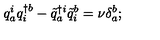
q _ { a } ^ { i } q _ { i } ^ { \dagger b } - { \tilde { q } } _ { a } ^ { \dagger i } { \tilde { q } } _ { i } ^ { b } = \nu \delta _ { a } ^ { b } ;